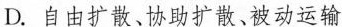
D.自由扩散、协助扩散、被动运输